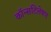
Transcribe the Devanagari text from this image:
कॉन्सटिलेषण